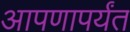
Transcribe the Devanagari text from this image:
आपणापर्यंत